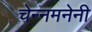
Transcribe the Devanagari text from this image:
चेन्नमनेनी